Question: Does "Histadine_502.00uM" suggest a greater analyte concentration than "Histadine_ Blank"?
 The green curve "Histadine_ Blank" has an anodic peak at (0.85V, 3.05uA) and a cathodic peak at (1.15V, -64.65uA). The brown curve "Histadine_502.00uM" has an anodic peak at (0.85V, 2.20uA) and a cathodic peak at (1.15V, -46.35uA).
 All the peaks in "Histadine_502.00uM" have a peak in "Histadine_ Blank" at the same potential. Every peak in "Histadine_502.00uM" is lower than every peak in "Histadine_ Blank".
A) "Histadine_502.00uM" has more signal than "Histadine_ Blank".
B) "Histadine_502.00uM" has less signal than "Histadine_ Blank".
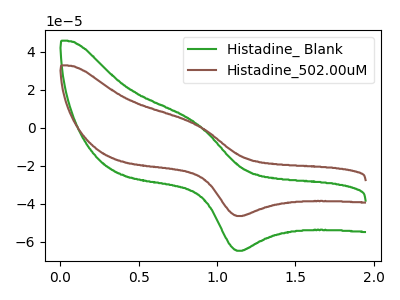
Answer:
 <answer>B) "Histadine_502.00uM" has less signal than "Histadine_ Blank".</answer>
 <eval>B</eval>